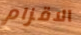
الاقزام